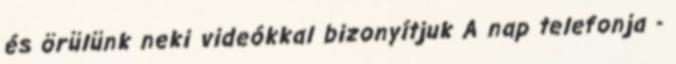
és örülünk neki videókkal bizonyítjuk A nap telefonja -